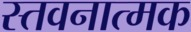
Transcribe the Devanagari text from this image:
स्तवनात्मक